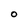
Character: 0